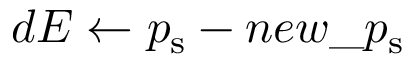
d E \gets p _ { \mathrm { s } } - n e w \textunderscore p _ { \mathrm { s } }